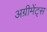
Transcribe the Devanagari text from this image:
अग्रीमेंट्स